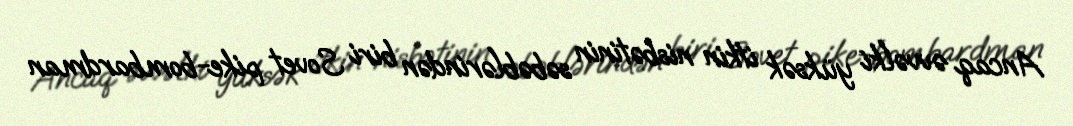
Ancaq əvvəlki yüksək itkin nisbətinin səbəblərindən biri Sovet pike-bombardman